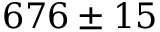
6 7 6 \pm 1 5